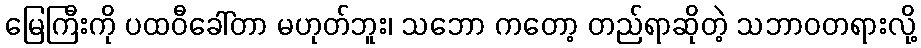
မြေကြီးကို ပထဝီခေါ်တာ မဟုတ်ဘူး၊ သဘော ကတော့ တည်ရာဆိုတဲ့ သဘာဝတရားလို့